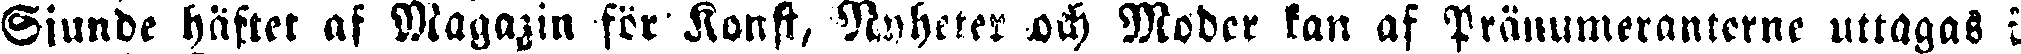
Sjunde häftet af Magazin för Konst, Nyheter och Moder kan af Pränumereranterne uttagas i